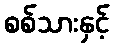
စစ်သားနှင့်